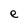
Character: e